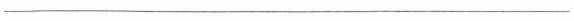
______________________